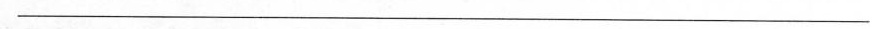
___